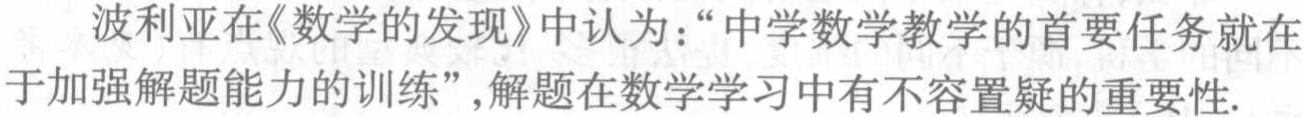
波利亚在《数学的发现》中认为：“中学数学教学的首要任务就在于加强解题能力的训练”,解题在数学学习中有不容置疑的重要性.